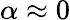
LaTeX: \alpha\approx 0